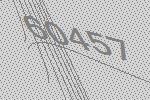
60457